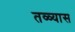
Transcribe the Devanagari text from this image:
तळ्यास